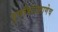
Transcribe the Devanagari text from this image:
पूर्णांकांप्रमाणेच